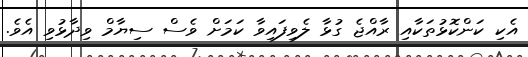
އެކި ކަންކޮޅުތަކާއި ރާއްޖެ ގުޅާ ލެވިފައިވާ ކަމަށް ވެސް ސިޔާމް ވިދާޅުވި އެވެ.